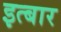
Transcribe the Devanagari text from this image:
इत्बार